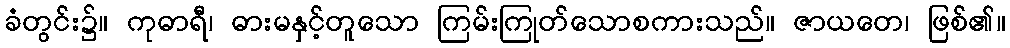
ခံတွင်း၌။ ကုဓာရီ၊ ဓားမနှင့်တူသော ကြမ်းကြုတ်သောစကားသည်။ ဇာယတေ၊ ဖြစ်၏။